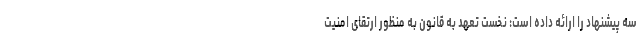
سه پیشنهاد را ارائه داده است: نخست تعهد به قانون به منظور ارتقای امنیت